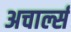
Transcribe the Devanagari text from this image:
अचार्ल्स